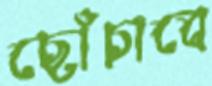
ছোঁচাবে